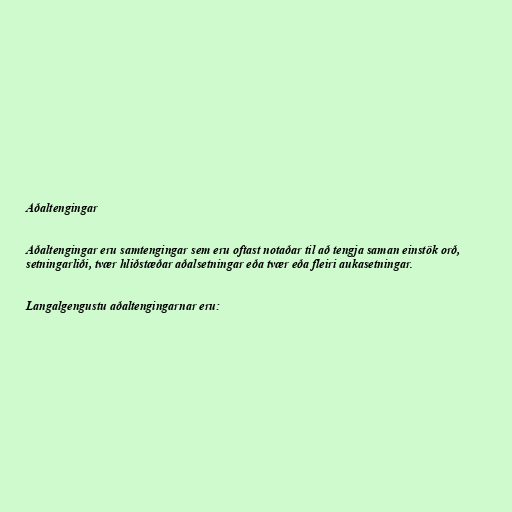
Aðaltengingar

Aðaltengingar eru samtengingar sem eru oftast notaðar til að tengja saman einstök orð,
setningarliði, tvær hliðstæðar aðalsetningar eða tvær eða fleiri aukasetningar.

Langalgengustu aðaltengingarnar eru: